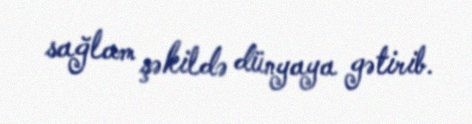
sağlam şəkildə dünyaya gətirib.